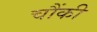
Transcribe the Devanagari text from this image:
चौंकी